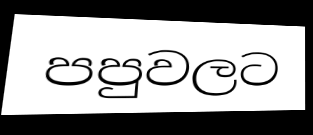
පපුවලට